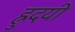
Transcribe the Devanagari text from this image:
ह्रुदयी